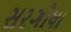
સરગોધા